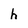
Character: h